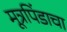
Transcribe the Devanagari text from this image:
मूत्रपिंडाचा